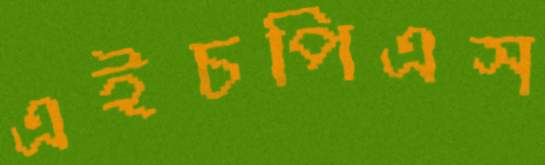
এইচপিএস